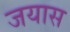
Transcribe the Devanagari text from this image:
जयास